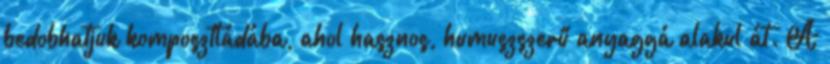
bedobhatjuk komposztládába, ahol hasznos, humuszszerű anyaggá alakul át. A